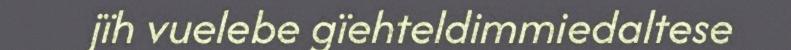
jïh vuelebe gïehteldimmiedaltese